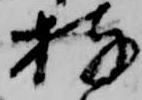
持